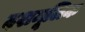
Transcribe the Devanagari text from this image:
दशमूलिक